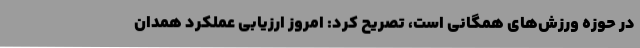
در حوزه ورزش‌های همگانی است، تصریح کرد: امروز ارزیابی عملکرد همدان